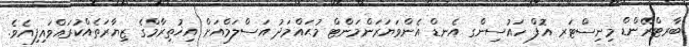
ބާރޓްރޭންޑް މިނިސްޓަރ އޮފް ހައުސިންގ އެނޑް އެންވަޔަރަންމަންޓް މުޙައްމަދު އަސްލަމްއަށް އިޚުތިރާމްގެ ޒިޔާރަތެއްކުރައްވައިފިއެވެ.